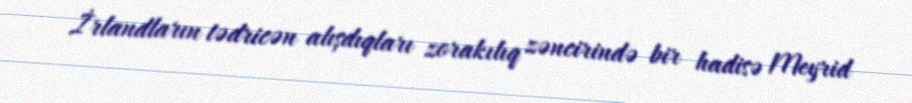
İrlandların tədricən alışdıqları zorakılıq zəncirində bir hadisə Meyrid